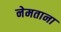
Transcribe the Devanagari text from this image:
नेमताना